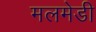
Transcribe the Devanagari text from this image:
मलमेडी